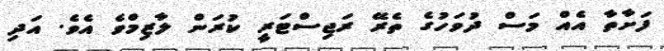
ފަށާތާ އެއް މަސް ދުވަހުގެ ތެރޭ ރަޖިސްޓަރީ ކުރަން ލާޒިމްވެ އެވެ. އަދި